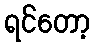
ရင်တော့